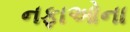
નફાઓના